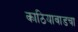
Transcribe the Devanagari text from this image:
काठियावाडचा